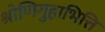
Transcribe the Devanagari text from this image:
श्रोणिगुहाभित्ति